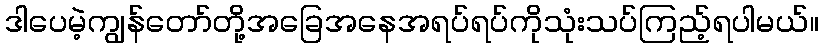
ဒါပေမဲ့ကျွန်တော်တို့အခြေအနေအရပ်ရပ်ကိုသုံးသပ်ကြည့်ရပါမယ်။